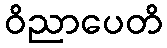
ဝိညာပေတိ